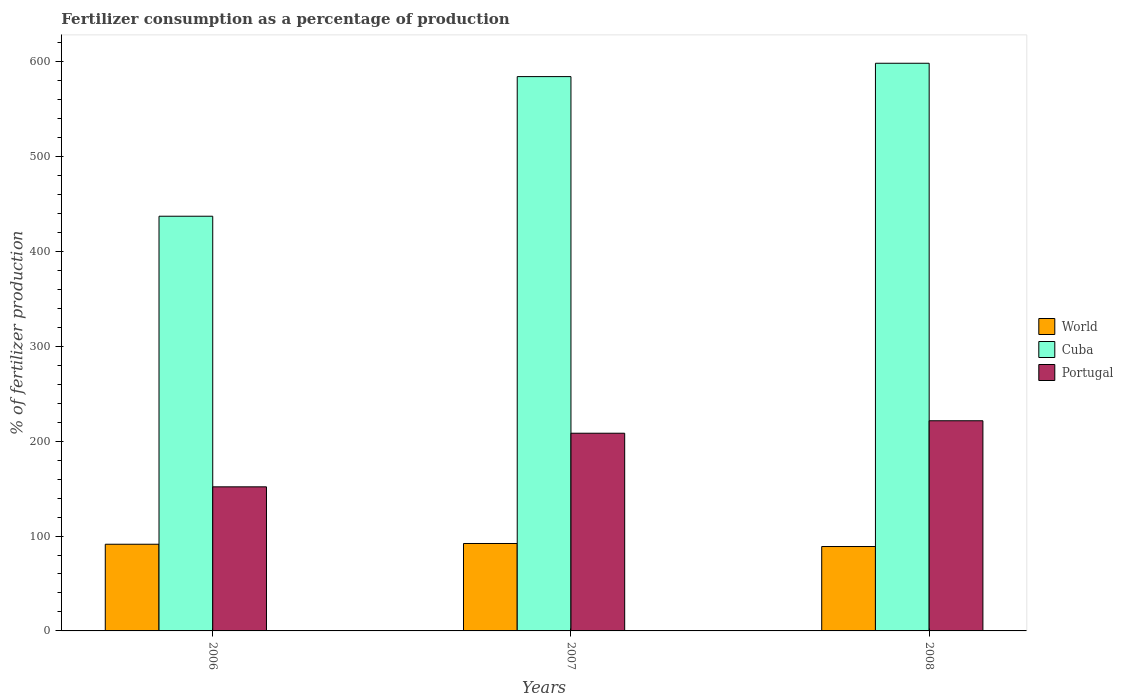
| Years | World | Cuba | Portugal |
 | --- | --- | --- | --- |
 | 2006 | 91.3 | 437 | 152 |
 | 2007 | 92.1 | 584 | 208 |
 | 2008 | 88.9 | 598 | 221 |